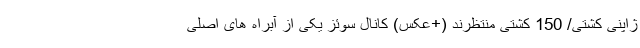
ژاپنی کشتی/ 150 کشتی منتظرند (+عکس) کانال سوئز یکی از آبراه های اصلی